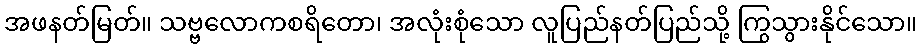
အဖနတ်မြတ်။ သဗ္ဗလောကစရိတော၊ အလုံးစုံသော လူပြည်နတ်ပြည်သို့ ကြွသွားနိုင်သော။